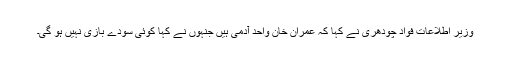
وزیر اطلاعات فواد چودھری نے کہا کہ عمران خان واحد آدمی ہیں جنہوں نے کہا کوئی سودے بازی نہیں ہو گی۔